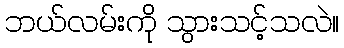
ဘယ်လမ်းကို သွားသင့်သလဲ။